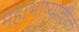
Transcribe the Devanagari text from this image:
महाभाष्यातील